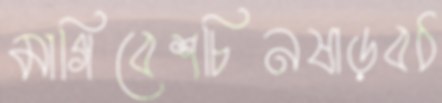
মাগিবেশচিনষাড়বঠ